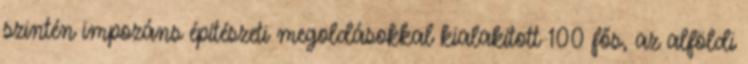
szintén impozáns építészeti megoldásokkal kialakított 100 fős, az alföldi